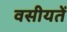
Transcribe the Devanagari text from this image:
वसीयतें